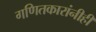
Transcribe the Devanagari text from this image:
गणितकारांनीही